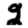
Digit: 2